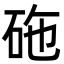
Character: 砤